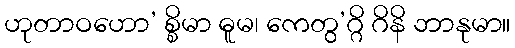
ဟုတာဝဟော’ စ္စိမာ ဓူမ၊ ကေတွ’ဂ္ဂိ ဂိနိ ဘာနုမာ။